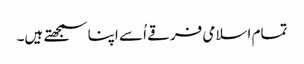
تمام اسلامی فرقے اُسے اپنا سمجھتے ہیں۔